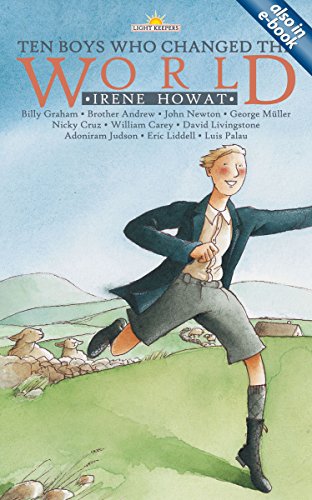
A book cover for Ten Boys Who Changed the World (Lightkeepers); Irene Howat; Children's Books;